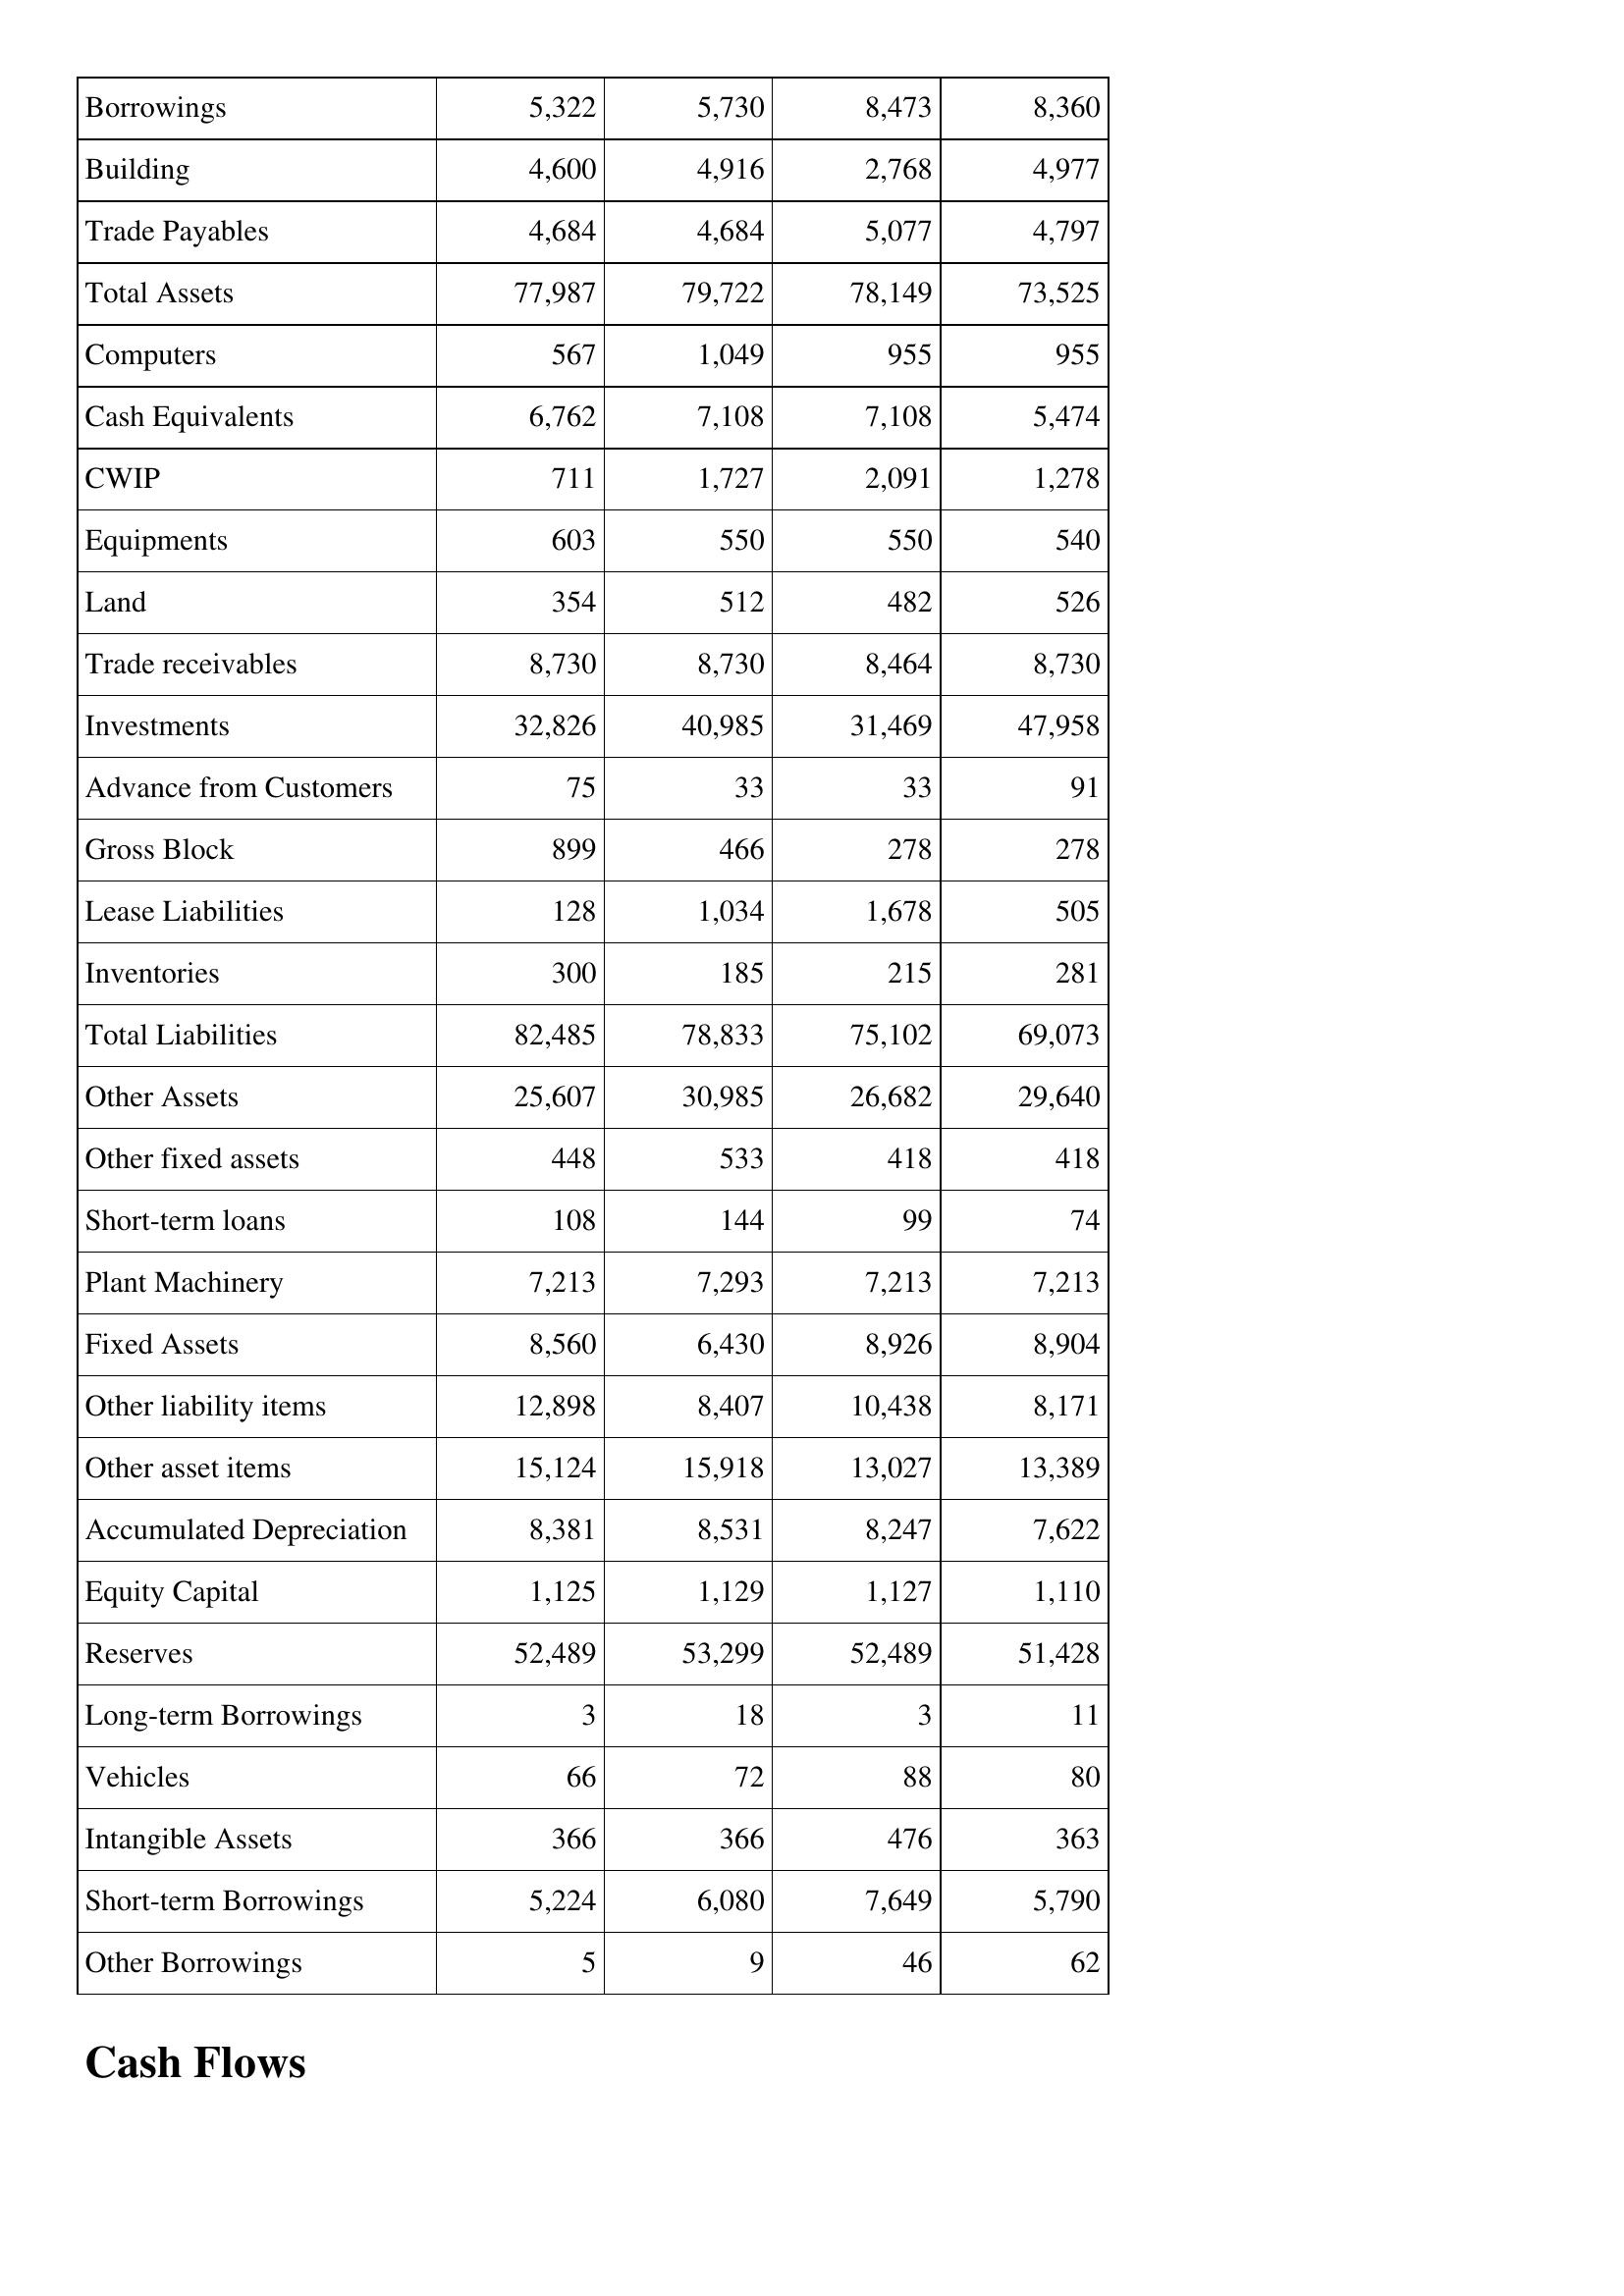
May-04: Balance Sheet: Borrowings: 5,322
Building: 4,600
Trade Payables: 4,684
Total Assets: 77,987
Computers: 567
Cash Equivalents: 6,762
CWIP: 711
Equipments: 603
Land: 354
Trade receivables: 8,730
Investments: 32,826
Advance from Customers: 75
Gross Block: 899
Lease Liabilities: 128
Inventories: 300
Total Liabilities: 82,485
Other Assets: 25,607
Other fixed assets: 448
Short-term loans: 108
Plant Machinery: 7,213
Fixed Assets: 8,560
Other liability items: 12,898
Other asset items: 15,124
Accumulated Depreciation: 8,381
Equity Capital: 1,125
Reserves: 52,489
Long-term Borrowings: 3
Vehicles: 66
Intangible Assets: 366
Short-term Borrowings: 5,224
Other Borrowings: 5
May-03: Balance Sheet: Borrowings: 5,730
Building: 4,916
Trade Payables: 4,684
Total Assets: 79,722
Computers: 1,049
Cash Equivalents: 7,108
CWIP: 1,727
Equipments: 550
Land: 512
Trade receivables: 8,730
Investments: 40,985
Advance from Customers: 33
Gross Block: 466
Lease Liabilities: 1,034
Inventories: 185
Total Liabilities: 78,833
Other Assets: 30,985
Other fixed assets: 533
Short-term loans: 144
Plant Machinery: 7,293
Fixed Assets: 6,430
Other liability items: 8,407
Other asset items: 15,918
Accumulated Depreciation: 8,531
Equity Capital: 1,129
Reserves: 53,299
Long-term Borrowings: 18
Vehicles: 72
Intangible Assets: 366
Short-term Borrowings: 6,080
Other Borrowings: 9
May-02: Balance Sheet: Borrowings: 8,473
Building: 2,768
Trade Payables: 5,077
Total Assets: 78,149
Computers: 955
Cash Equivalents: 7,108
CWIP: 2,091
Equipments: 550
Land: 482
Trade receivables: 8,464
Investments: 31,469
Advance from Customers: 33
Gross Block: 278
Lease Liabilities: 1,678
Inventories: 215
Total Liabilities: 75,102
Other Assets: 26,682
Other fixed assets: 418
Short-term loans: 99
Plant Machinery: 7,213
Fixed Assets: 8,926
Other liability items: 10,438
Other asset items: 13,027
Accumulated Depreciation: 8,247
Equity Capital: 1,127
Reserves: 52,489
Long-term Borrowings: 3
Vehicles: 88
Intangible Assets: 476
Short-term Borrowings: 7,649
Other Borrowings: 46
May-01: Balance Sheet: Borrowings: 8,360
Building: 4,977
Trade Payables: 4,797
Total Assets: 73,525
Computers: 955
Cash Equivalents: 5,474
CWIP: 1,278
Equipments: 540
Land: 526
Trade receivables: 8,730
Investments: 47,958
Advance from Customers: 91
Gross Block: 278
Lease Liabilities: 505
Inventories: 281
Total Liabilities: 69,073
Other Assets: 29,640
Other fixed assets: 418
Short-term loans: 74
Plant Machinery: 7,213
Fixed Assets: 8,904
Other liability items: 8,171
Other asset items: 13,389
Accumulated Depreciation: 7,622
Equity Capital: 1,110
Reserves: 51,428
Long-term Borrowings: 11
Vehicles: 80
Intangible Assets: 363
Short-term Borrowings: 5,790
Other Borrowings: 62